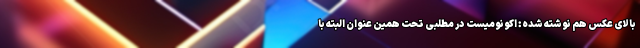
بالای عکس هم نوشته شده: اکونومیست در مطلبی تحت همین عنوان البته با